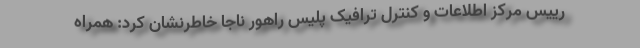
رییس مرکز اطلاعات و کنترل ترافیک پلیس راهور ناجا خاطرنشان کرد: همراه